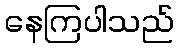
နေကြပါသည်